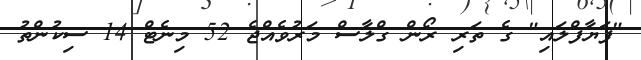
"ފަޔާފްލައި" ގެ ތަރި ރޯން ގްލާސް މަރުވެއްޖެ 52 މިނެޓް 14 ސިކުންތު